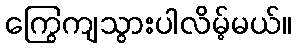
ကြွေကျသွားပါလိမ့်မယ်။